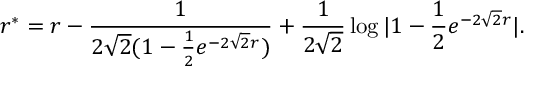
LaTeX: r ^ { * } = r - { \frac { 1 } { 2 \sqrt 2 ( 1 - { \frac { 1 } { 2 } } e ^ { - 2 \sqrt 2 r } ) } } + { \frac { 1 } { 2 \sqrt 2 } } \log | 1 - { \frac { 1 } { 2 } } e ^ { - 2 \sqrt 2 r } | .